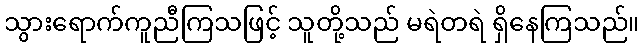
သွားရောက်ကူညီကြသဖြင့် သူတို့သည် မရဲတရဲ ရှိနေကြသည်။